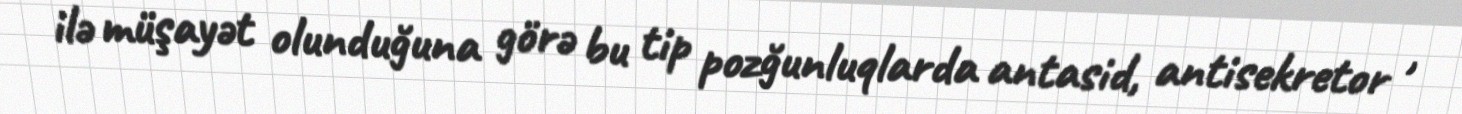
ilə müşayət olunduğuna görə bu tip pozğunluqlarda antasid, antisekretor ,